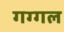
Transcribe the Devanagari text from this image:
गग्‍गल